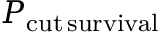
P _ { \mathrm { c u t \, s u r v i v a l } }